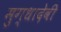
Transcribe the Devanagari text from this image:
मुग्धादेवी